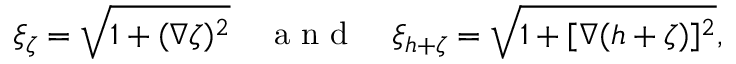
\xi _ { \zeta } = \sqrt { 1 + ( \nabla \zeta ) ^ { 2 } } \quad \mathrm { ~ a ~ n ~ d ~ } \quad \xi _ { h + \zeta } = \sqrt { 1 + [ \nabla ( h + \zeta ) ] ^ { 2 } } ,